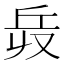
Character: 𠬿